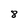
Character: 8